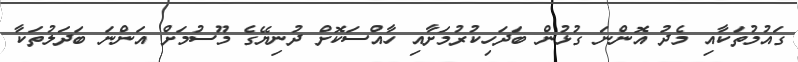
ގައުމުތަކާއި މެދު އޮންނަ ގުޅުން ބަދަހިކުރުމަށާއި ހާއްސަކޮށް ދުނިޔޭގެ މޫސުމަށް އަންނަ ބަދަލުތަކާ